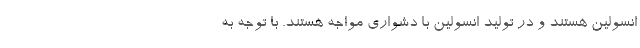
انسولین هستند و در تولید انسولین با دشواری مواجه هستند. با توجه به